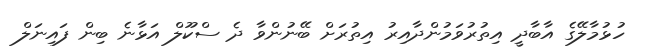
ހުޅުމާލޭގެ އާބާދީ އިތުރުވަމުންދާއިރު އިތުރަށް ބޭނުންވާ ދެ ސްކޫލް އަޅާނެ ބިން ފައިނަލް